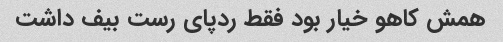
همش کاهو خیار بود فقط ردپای رست بیف داشت